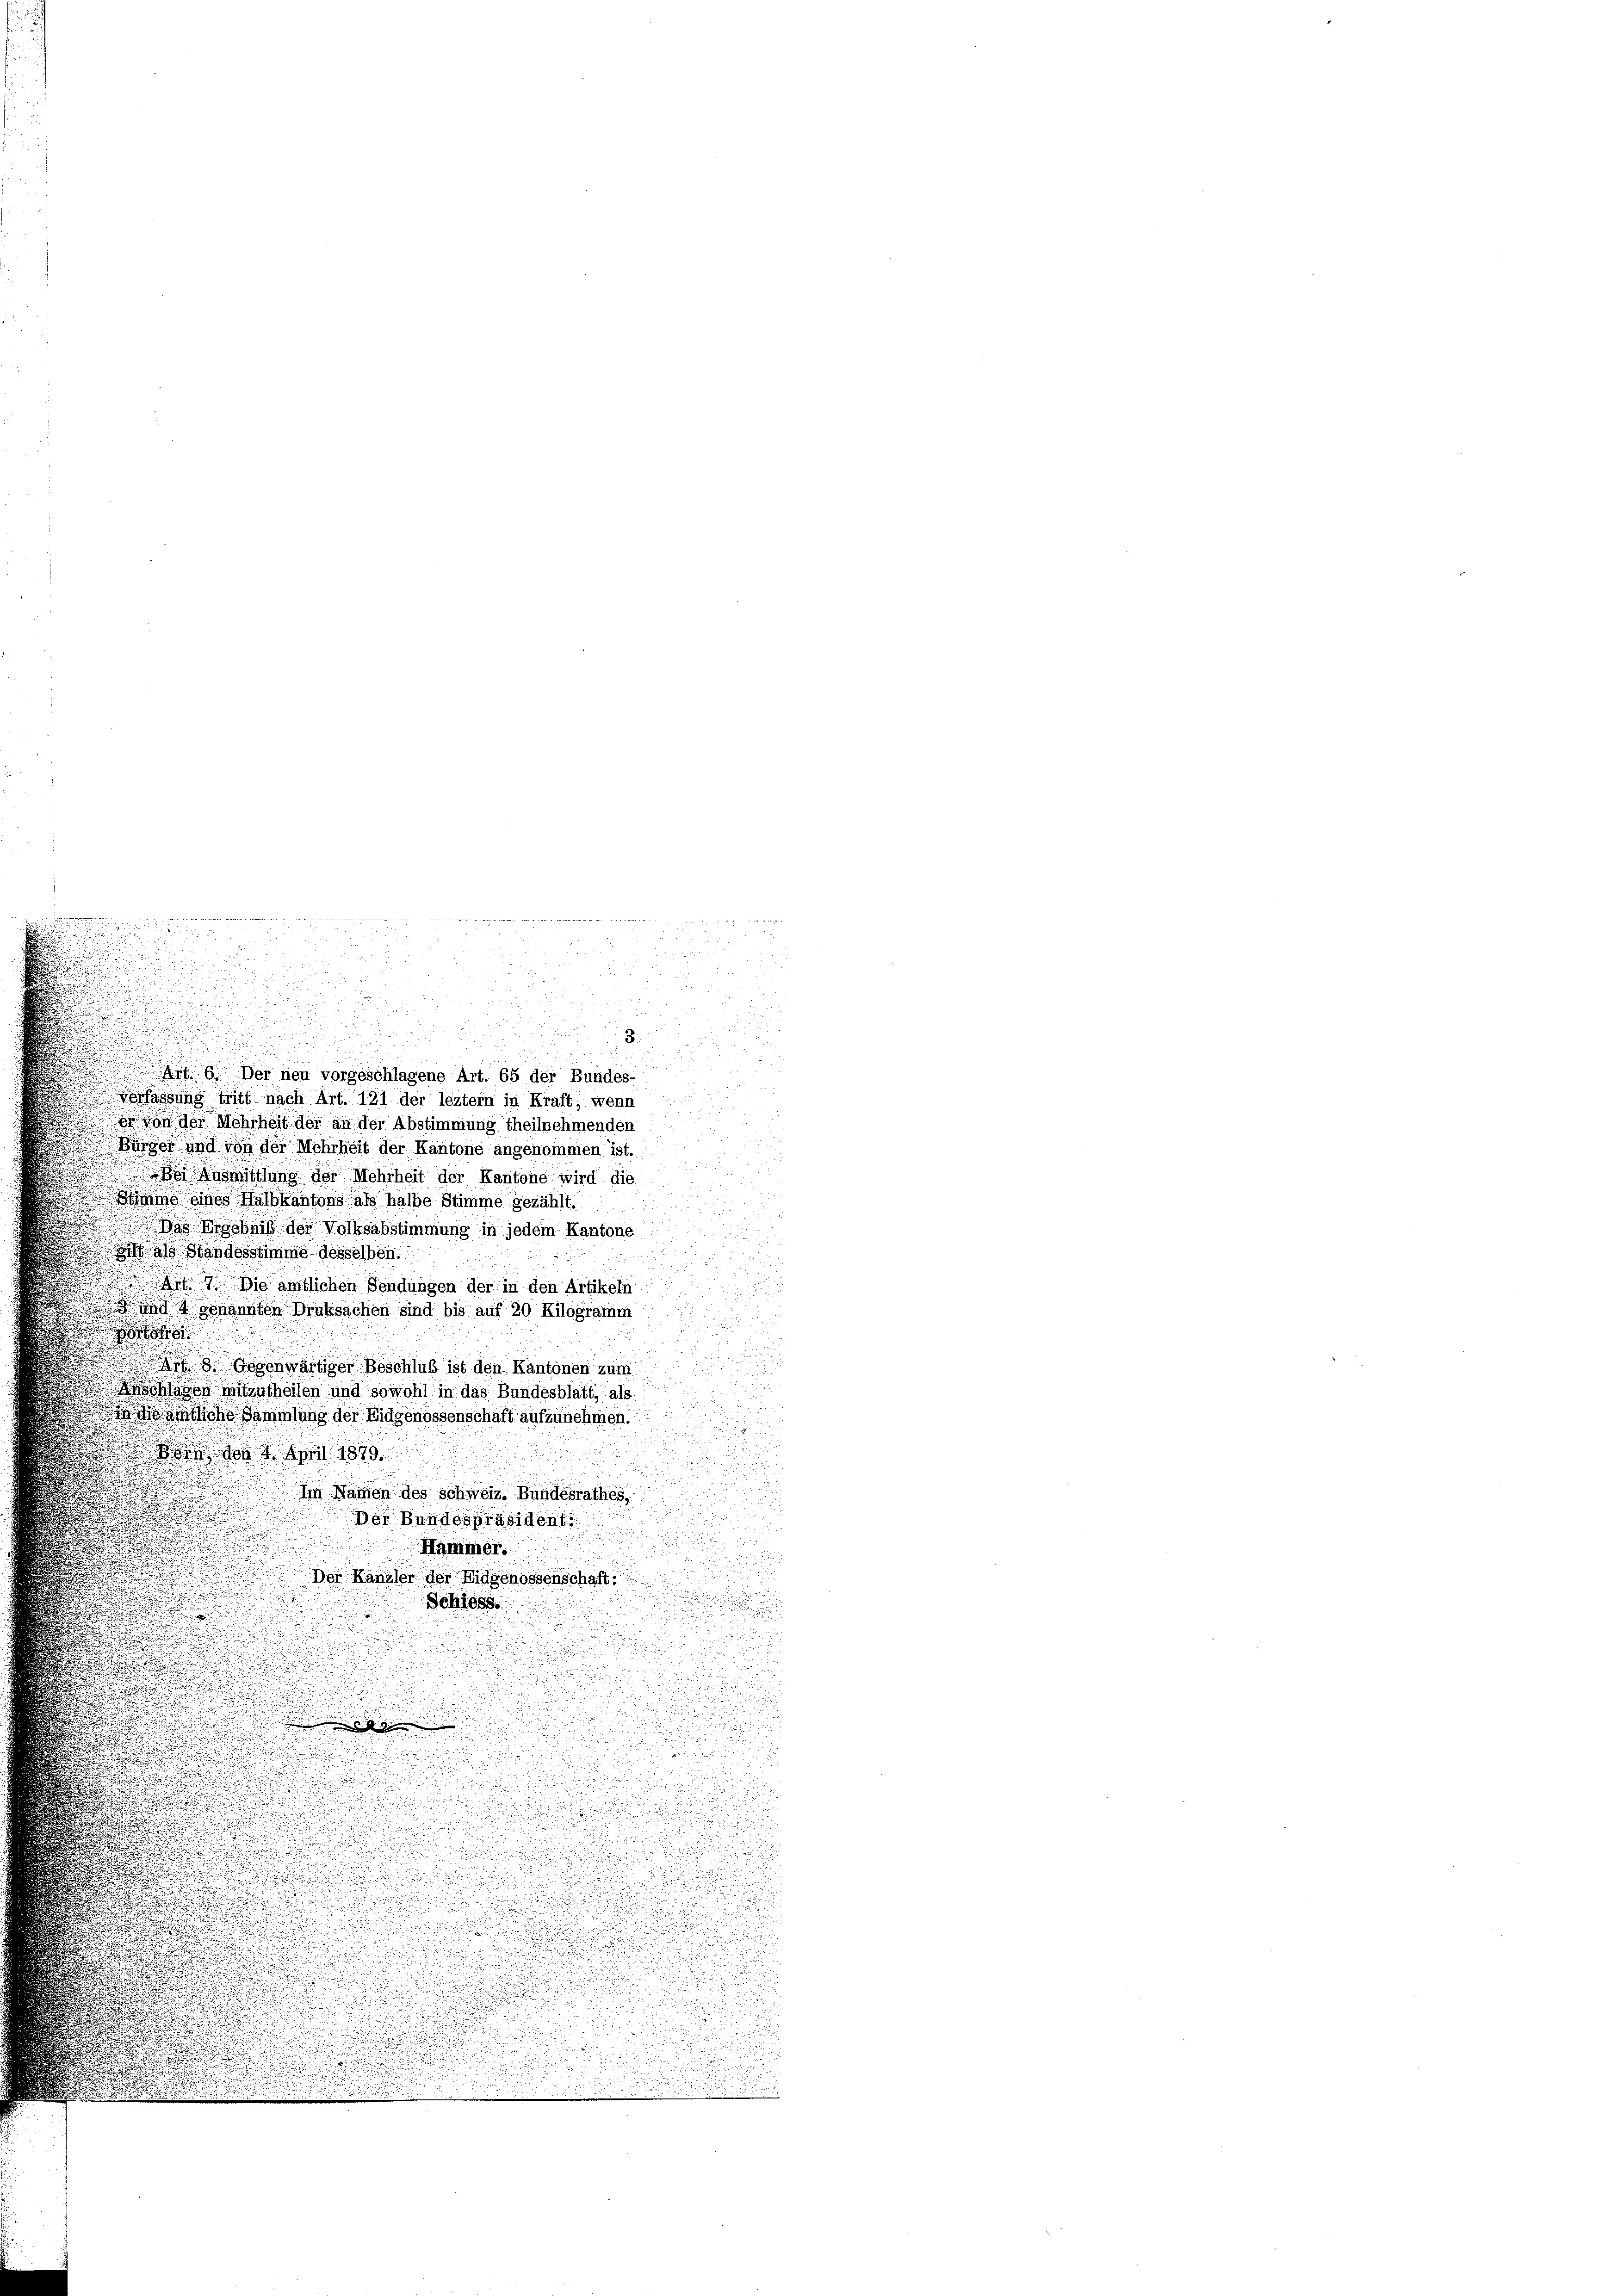
.
e

55 x
d
a
8
d
u
5
.

5
 Der neu vorgeschlagene Art. 65 der Bundes-
 4
.

Verfassung tritt nach Art. 121 der leztem in Kraft, wenn

.
tt er von der Mehrheit der an der Abstimmung theilnehmenden
.
u
d Bürger und von der Mehrheit der Kantone angenommen ist.

Bei Ausmittlung der Mehrheit der Kantone wird die

um eines Halbkantons als halbe Stimme gezählt.

 Das Urschniß der Volksabstimmung in jedem Kantone
d.
als Standesstimme desselben.
Art. 7. Die amtlichen Sendungen der in den Artikeln
 und 4 gekannten Druksachen sind bis auf 20 Kilogramm

r 3. Gegenwärtiger Beschluß ist den Kantonen zum
sklagen mitzutheilen und sowohl in das Bundesblatt, als
ämtliche Sammlung der Eidgenossenschaft aufzunehmen.
ben den 4. April 1879.

Im Namen des schweiz. Bundesrathes,
Der Bundespräsident
Hammer.
Der Kanzler der Eidgenossenschaft
Schlosse